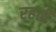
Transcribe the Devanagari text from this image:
रहती